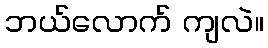
ဘယ်လောက် ကျလဲ။